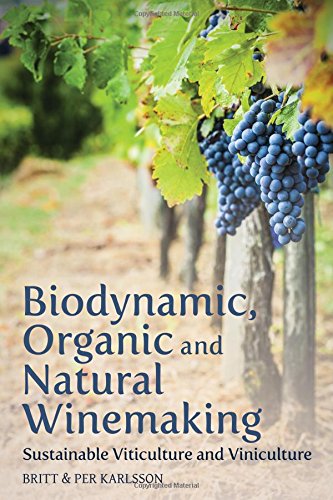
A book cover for Biodynamic, Organic and Natural Winemaking: Sustainable Viticulture and Viniculture; Per Karlsson; Cookbooks, Food & Wine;